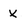
Character: X